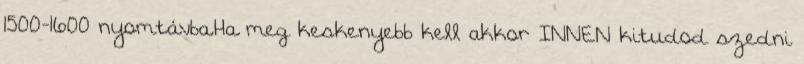
1500-1600 nyomtávba.Ha meg keskenyebb kell akkor INNEN kitudod szedni